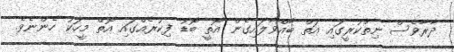
ދާރާވެސް ނިތްކުރީގައި އަތް ބާއްވާލައިގެން އޮތީ ބޮޑު ފިކުރެއްގައި އޮތް މީހަކު ހެންނެވެ.